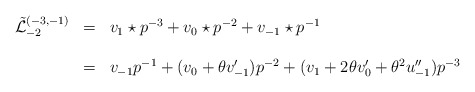
\begin{align*}\begin{array}{lcl}\tilde {\mathcal L }_{-2}^{(-3,-1)}&=& {v_{1}\star p}^{-3} +v_{0}\star p^{-2} +v_{-1}\star p^{-1}\\\\&=& v_{-1}{p}^{-1} +(v_{0}+\theta v'_{-1})p^{-2} +(v_{1}+2\theta v'_{0}+\theta^{2} u''_{-1})p^{-3}\end{array}\end{align*}